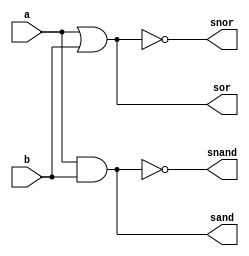
// -------------------------
// Exemplo_0603 - AND/NAND/OR/NOR MUX
// Nome: Maria Carolina Resende Jaudacy
// -------------------------
// gates
// -------------------------
module gates (input a, input b, output sand, output sor, output snand, output snor);
// descrever por portas
 and AND1 (sand, a, b);
 or OR1 (sor , a, b);
 not NOTAND1 (snand, sand);
 not NOTOR1 (snor, sor);
endmodule // gates
// -------------------------
// multiplexer
// -------------------------
module mux (output s, input a, input b, input select);
 // definir dados locais
 wire notselect;
 wire sa;
 wire sb;
 
 // descrever por portas
 not NOT1 (notselect, select);
 and AND1 (sa, a, select);
 and AND2 (sb, b, notselect);
 or OR1 (s, sa, sb);
endmodule // mux
module test_main;
// ------------------------- definir dados
 reg a;
 reg b;
 reg s0;
 reg s1;
 wire sand;
 wire sor;
 wire snand;
 wire snor;
 wire muxGate;
 wire muxNotGate;
 wire s;

 gates GATES (a, b, sand, sor, snand, snor);
 mux MUX1 (muxGate, sand, sor, s0);
 mux MUX2 (muxNotGate, snand, snor, s0);
 mux MUX3 (s, muxGate, muxNotGate, s1);

// ------------------------- parte principal
 initial
 begin : main
 $display("Exemplo_0603 - Maria Carolina Resende Jaudacy - 667477");
 $display("Test LU's module");
 $display("Select (s0/s1): 00 = nor, 01 = or, 10 = nand, 11 = and)");
 $display("  s0   s1    a    b    s");

 // projetar testes do modulo
 $monitor("%4b %4b %4b %4b %4b", s0, s1, a, b, s);
    s0 = 1'b0; s1 = 1'b0; a = 1'b0; b = 1'b0;
 #1 s0 = 1'b0; s1 = 1'b0; a = 1'b0; b = 1'b1;
 #1 s0 = 1'b0; s1 = 1'b0; a = 1'b1; b = 1'b0;
 #1 s0 = 1'b0; s1 = 1'b0; a = 1'b1; b = 1'b1;
 #1 s0 = 1'b0; s1 = 1'b1; a = 1'b0; b = 1'b0;
 #1 s0 = 1'b0; s1 = 1'b1; a = 1'b0; b = 1'b1;
 #1 s0 = 1'b0; s1 = 1'b1; a = 1'b1; b = 1'b0;
 #1 s0 = 1'b0; s1 = 1'b1; a = 1'b1; b = 1'b1;
 #1 s0 = 1'b1; s1 = 1'b0; a = 1'b0; b = 1'b0;
 #1 s0 = 1'b1; s1 = 1'b0; a = 1'b0; b = 1'b1;
 #1 s0 = 1'b1; s1 = 1'b0; a = 1'b1; b = 1'b0;
 #1 s0 = 1'b1; s1 = 1'b0; a = 1'b1; b = 1'b1;
 #1 s0 = 1'b1; s1 = 1'b1; a = 1'b0; b = 1'b0;
 #1 s0 = 1'b1; s1 = 1'b1; a = 1'b0; b = 1'b1;
 #1 s0 = 1'b1; s1 = 1'b1; a = 1'b1; b = 1'b0;
 #1 s0 = 1'b1; s1 = 1'b1; a = 1'b1; b = 1'b1;
 end
endmodule // test_main